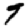
Digit: 9